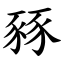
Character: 豩